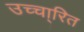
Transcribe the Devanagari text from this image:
उच्चा्रित